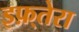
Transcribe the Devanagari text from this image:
इफ़्तेरा